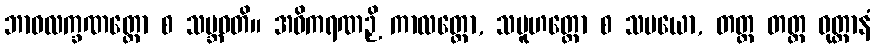
ဘာဝလက္ခဏတ္ထော စ သမ္ဘဝတိ။ အဓိကရဏဉှိ ကာလတ္ထော, သမူဟတ္ထော စ သမယော, တတ္ထ တတ္ထ ဝုတ္တာနံ